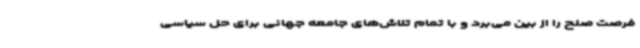
فرصت صلح را از بین می‌برد و با تمام تلاش‌های جامعه جهانی برای حل سیاسی